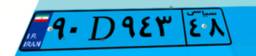
۶۰D۵۳۳۷۷